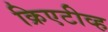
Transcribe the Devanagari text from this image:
क्रिएटीव्ह